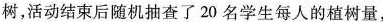
树，活动结束后随机抽查了20名学生每人的植树量，